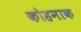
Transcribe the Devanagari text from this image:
कोहनाक